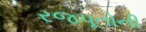
રજપૂતોની